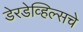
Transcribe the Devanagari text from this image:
डेरडेव्हिल्सचे